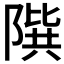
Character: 𨻘